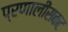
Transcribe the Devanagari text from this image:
प्रणालींसकट